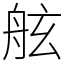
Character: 舷